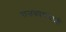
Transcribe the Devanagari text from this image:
राजकारण्याशी